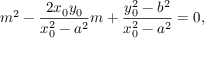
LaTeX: m ^ { 2 } - { \frac { 2 x _ { 0 } y _ { 0 } } { x _ { 0 } ^ { 2 } - a ^ { 2 } } } m + { \frac { y _ { 0 } ^ { 2 } - b ^ { 2 } } { x _ { 0 } ^ { 2 } - a ^ { 2 } } } = 0 ,